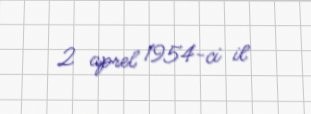
2 aprel 1954-ci il